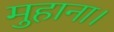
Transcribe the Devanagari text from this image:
मुहाना।